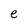
Character: e